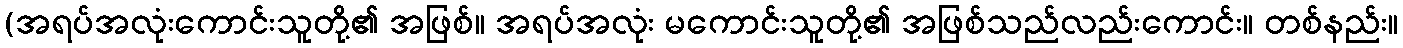
(အရပ်အလုံးကောင်းသူတို့၏ အဖြစ်။ အရပ်အလုံး မကောင်းသူတို့၏ အဖြစ်သည်လည်းကောင်း။ တစ်နည်း။